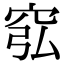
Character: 𥥈